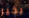
بخير